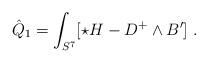
LaTeX: \begin{align*}\hat Q_1 = \int_{S^7}[\star H - D^+ \wedge B']\ .\end{align*}